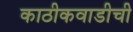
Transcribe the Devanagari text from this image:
काठीकवाडीची